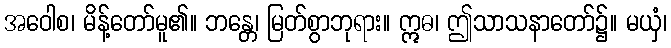
အဝေါစ၊ မိန့်တော်မူ၏။ ဘန္တေ၊ မြတ်စွာဘုရား။ ဣဓ၊ ဤသာသနာတော်၌။ မယှံ၊